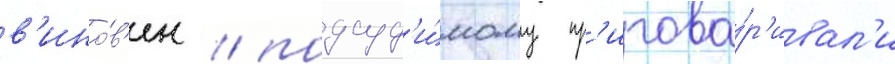
в'ино́в'ен / подсуд'и́мому пр'игова́р'ивал'и